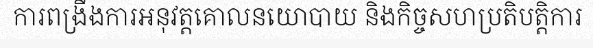
ការពង្រឹងការអនុវត្តគោលនយោបាយ និងកិច្ចសហប្រតិបត្តិការ